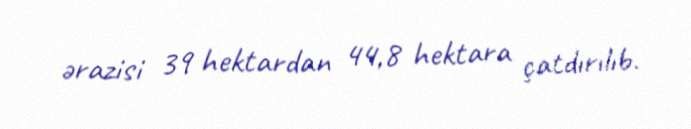
ərazisi 39 hektardan 44,8 hektara çatdırılıb.